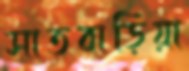
সাতবাড়িয়া